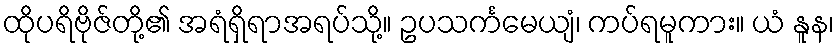
ထိုပရိဗိုဇ်တို့၏ အရံရှိရာအရပ်သို့။ ဥပသင်္ကမေယျံ၊ ကပ်ရမူကား။ ယံ နူန၊